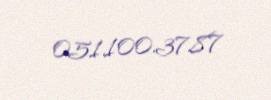
051.100.37.87